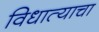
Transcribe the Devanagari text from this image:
विधात्याचा